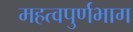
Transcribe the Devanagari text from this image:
महत्वपुर्णभाग